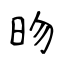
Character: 昒